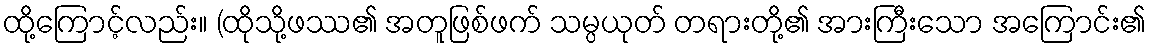
ထို့ကြောင့်လည်း။ (ထိုသို့ဖဿ၏ အတူဖြစ်ဖက် သမ္ပယုတ် တရားတို့၏ အားကြီးသော အကြောင်း၏